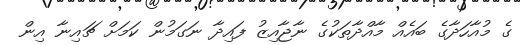
ގެ މުއާހަދާގެ ބައެއް މާއްދާތަކުގެ ނާޖާއިޒު ފައިދާ ނަގަމުން ކަމަށް ޗައިނާ އިން